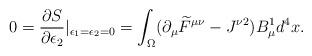
LaTeX: \begin{align*}0=\frac{\partial S}{\partial\epsilon_2}|_{\epsilon_1=\epsilon_2=0}=\int_\Omega(\partial_\mu \widetilde{F}^{\mu\nu}-J^{\nu 2})B_\mu^1d^4x.\end{align*}